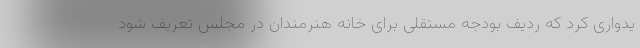
یدواری کرد که ردیف بودجه مستقلی برای خانه هنرمندان در مجلس تعریف شود